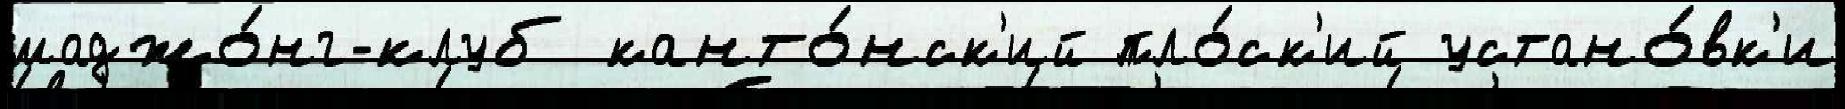
маджо́нг-клуб канто́нск'ий пло́ск'ий устано́вк'и